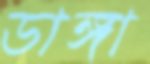
ডাঙ্গা